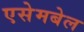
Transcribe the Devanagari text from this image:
एसेमबेल